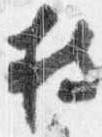
持